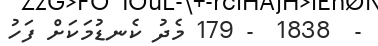
-  1838  - 179 މެދު ކެނޑުމަކަށް ފަހު